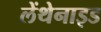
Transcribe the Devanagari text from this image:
लेंथेनाइड